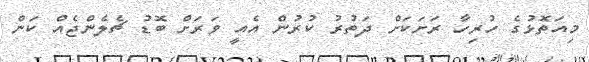
މިއަތޮޅުގެ ހުރިހާ ރަށަކަށް ދަތުރު ކުރުން އެއީ ވަރަށް ބޮޑު ޗެލެންޖެއް ކަން